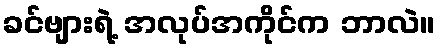
ခင်ဗျားရဲ့ အလုပ်အကိုင်က ဘာလဲ။